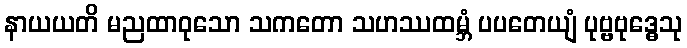
နာယယတိ မညထာဝုသော သကတော သဟဿထမ္ဘံ ပပတေယျံ ပုဗ္ဗဗုဒ္ဓေသု